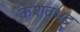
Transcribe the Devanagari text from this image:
केशवभट्ट